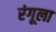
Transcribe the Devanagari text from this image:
रंगूला